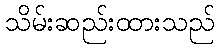
သိမ်းဆည်းထားသည်